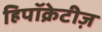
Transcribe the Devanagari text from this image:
हिपॉक्रेटीज़